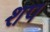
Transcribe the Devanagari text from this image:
शप